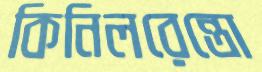
কিনিলরেন্তো